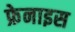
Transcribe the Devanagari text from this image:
फ्रेनाइस